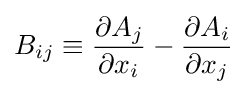
B_{ij}\equiv {\frac {\partial A_{j}}{\partial x_{i}}}-{\frac {\partial A_{i}}{\partial x_{j}}}